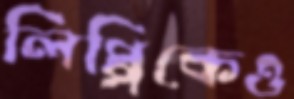
লিপ্পিকেও